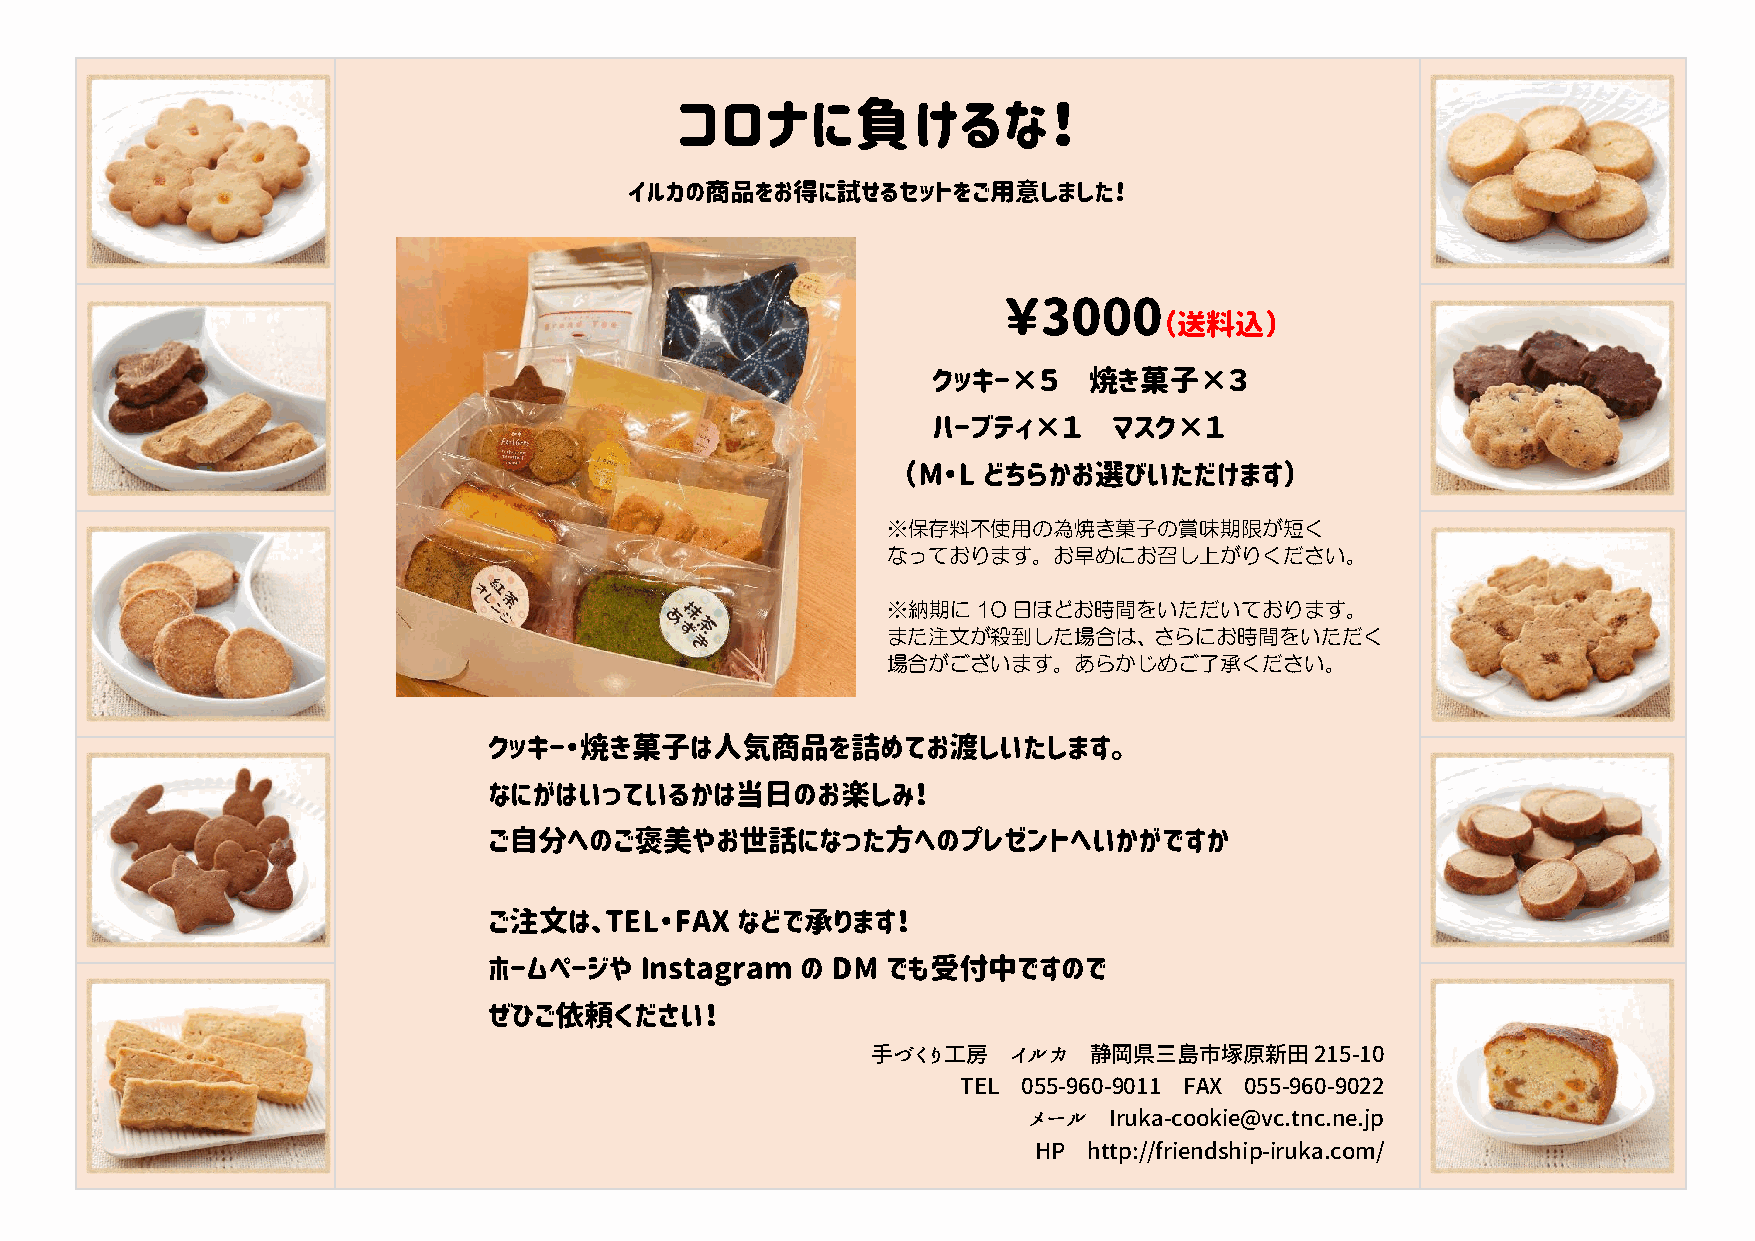
コロナに負けるな！
 イルカの商品をお得に試せるセットをご用意しました！
 ￥3000
 （送料込）
 クッキー×５    焼き菓子×３
 ハーブティ×１     マスク×１
 （M・L どちらかお選びいただけます）
 ※保存料不使用の為焼き菓子の賞味期限が短く
 なっております。お早めにお召し上がりください。
 ※納期に10日ほどお時間をいただいております。
 また注文が殺到した場合は、さらにお時間をいただく
 場合がございます。あらかじめご了承ください。
 クッキー・焼き菓子は人気商品を詰めてお渡しいたします。
 なにがはいっているかは当日のお楽しみ！
 ご自分へのご褒美やお世話になった方へのプレゼントへいかがですか
 ご注文は、TEL・FAX     などで承ります！
 ホームページや   Instagram  の DM  でも受付中ですので
 ぜひご依頼ください！
 手づくり工房   イルカ  静岡県三島市塚原新田215-10
 TEL 055-960-9011 FAX 055-960-9022
 メール  Iruka-cookie@vc.tnc.ne.jp
 HP  http://friendship-iruka.com/